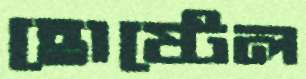
হোষ্টেল